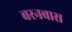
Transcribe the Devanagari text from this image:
बरनबास